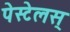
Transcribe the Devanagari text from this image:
पेस्टेलस्